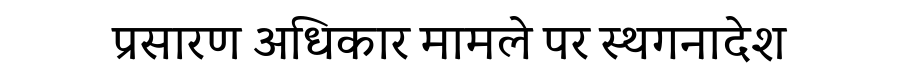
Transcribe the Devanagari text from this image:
प्रसारण अधिकार मामले पर स्थगनादेश